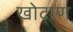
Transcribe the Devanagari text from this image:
खोटाण